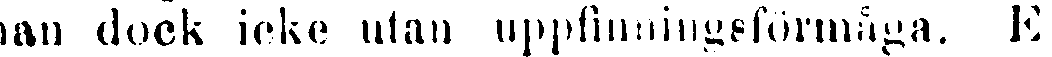
han dock icke utan uppfinningsförmåga. E